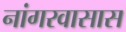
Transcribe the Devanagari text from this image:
नांगरवासास